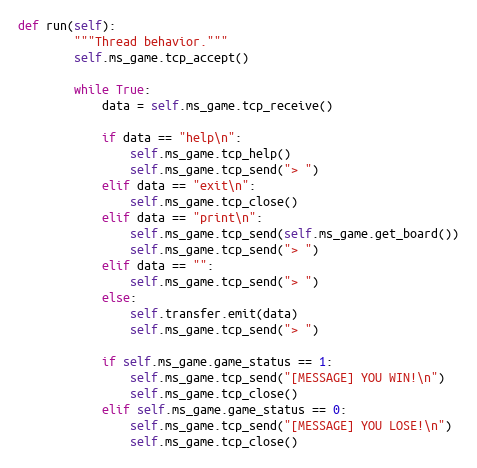
Language: Python
def run(self):
        """Thread behavior."""
        self.ms_game.tcp_accept()

        while True:
            data = self.ms_game.tcp_receive()

            if data == "help\n":
                self.ms_game.tcp_help()
                self.ms_game.tcp_send("> ")
            elif data == "exit\n":
                self.ms_game.tcp_close()
            elif data == "print\n":
                self.ms_game.tcp_send(self.ms_game.get_board())
                self.ms_game.tcp_send("> ")
            elif data == "":
                self.ms_game.tcp_send("> ")
            else:
                self.transfer.emit(data)
                self.ms_game.tcp_send("> ")

            if self.ms_game.game_status == 1:
                self.ms_game.tcp_send("[MESSAGE] YOU WIN!\n")
                self.ms_game.tcp_close()
            elif self.ms_game.game_status == 0:
                self.ms_game.tcp_send("[MESSAGE] YOU LOSE!\n")
                self.ms_game.tcp_close()